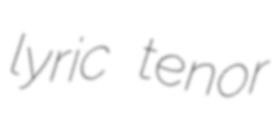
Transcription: lyric tenor